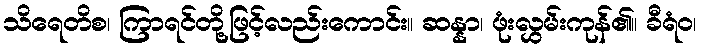
သိရေတိစ၊ ကြာရင်တို့ဖြင့်လည်းကောင်း။ ဆန္နာ၊ ဖုံးလွှမ်းကုန်၏။ ခီရံဝ၊